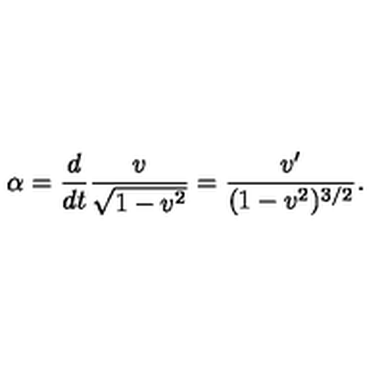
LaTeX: \alpha = \frac { d } { d t } \frac { v } { \sqrt { 1 - v ^ { 2 } } } = \frac { v ^ { \prime } } { ( 1 - v ^ { 2 } ) ^ { 3 / 2 } } .